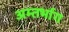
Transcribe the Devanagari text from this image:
अम्तर्भाग